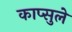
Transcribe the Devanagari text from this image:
काप्सुले